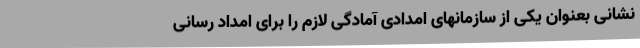
نشانی بعنوان یکی از سازمانهای امدادی آمادگی لازم را برای امداد رسانی